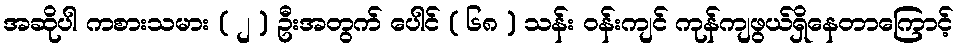
အဆိုပါ ကစားသမား ( ၂ ) ဦးအတွက် ပေါင် ( ၆၈ ) သန်း ဝန်းကျင် ကုန်ကျဖွယ်ရှိနေတာကြောင့်